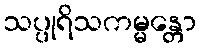
သပ္ပုရိသကမ္မန္တော